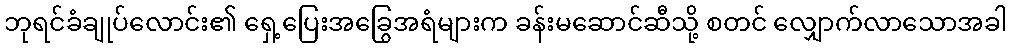
ဘုရင်ခံချုပ်လောင်း၏ ရှေ့ပြေးအခြွေအရံများက ခန်းမဆောင်ဆီသို့ စတင် လျှောက်လာသောအခါ